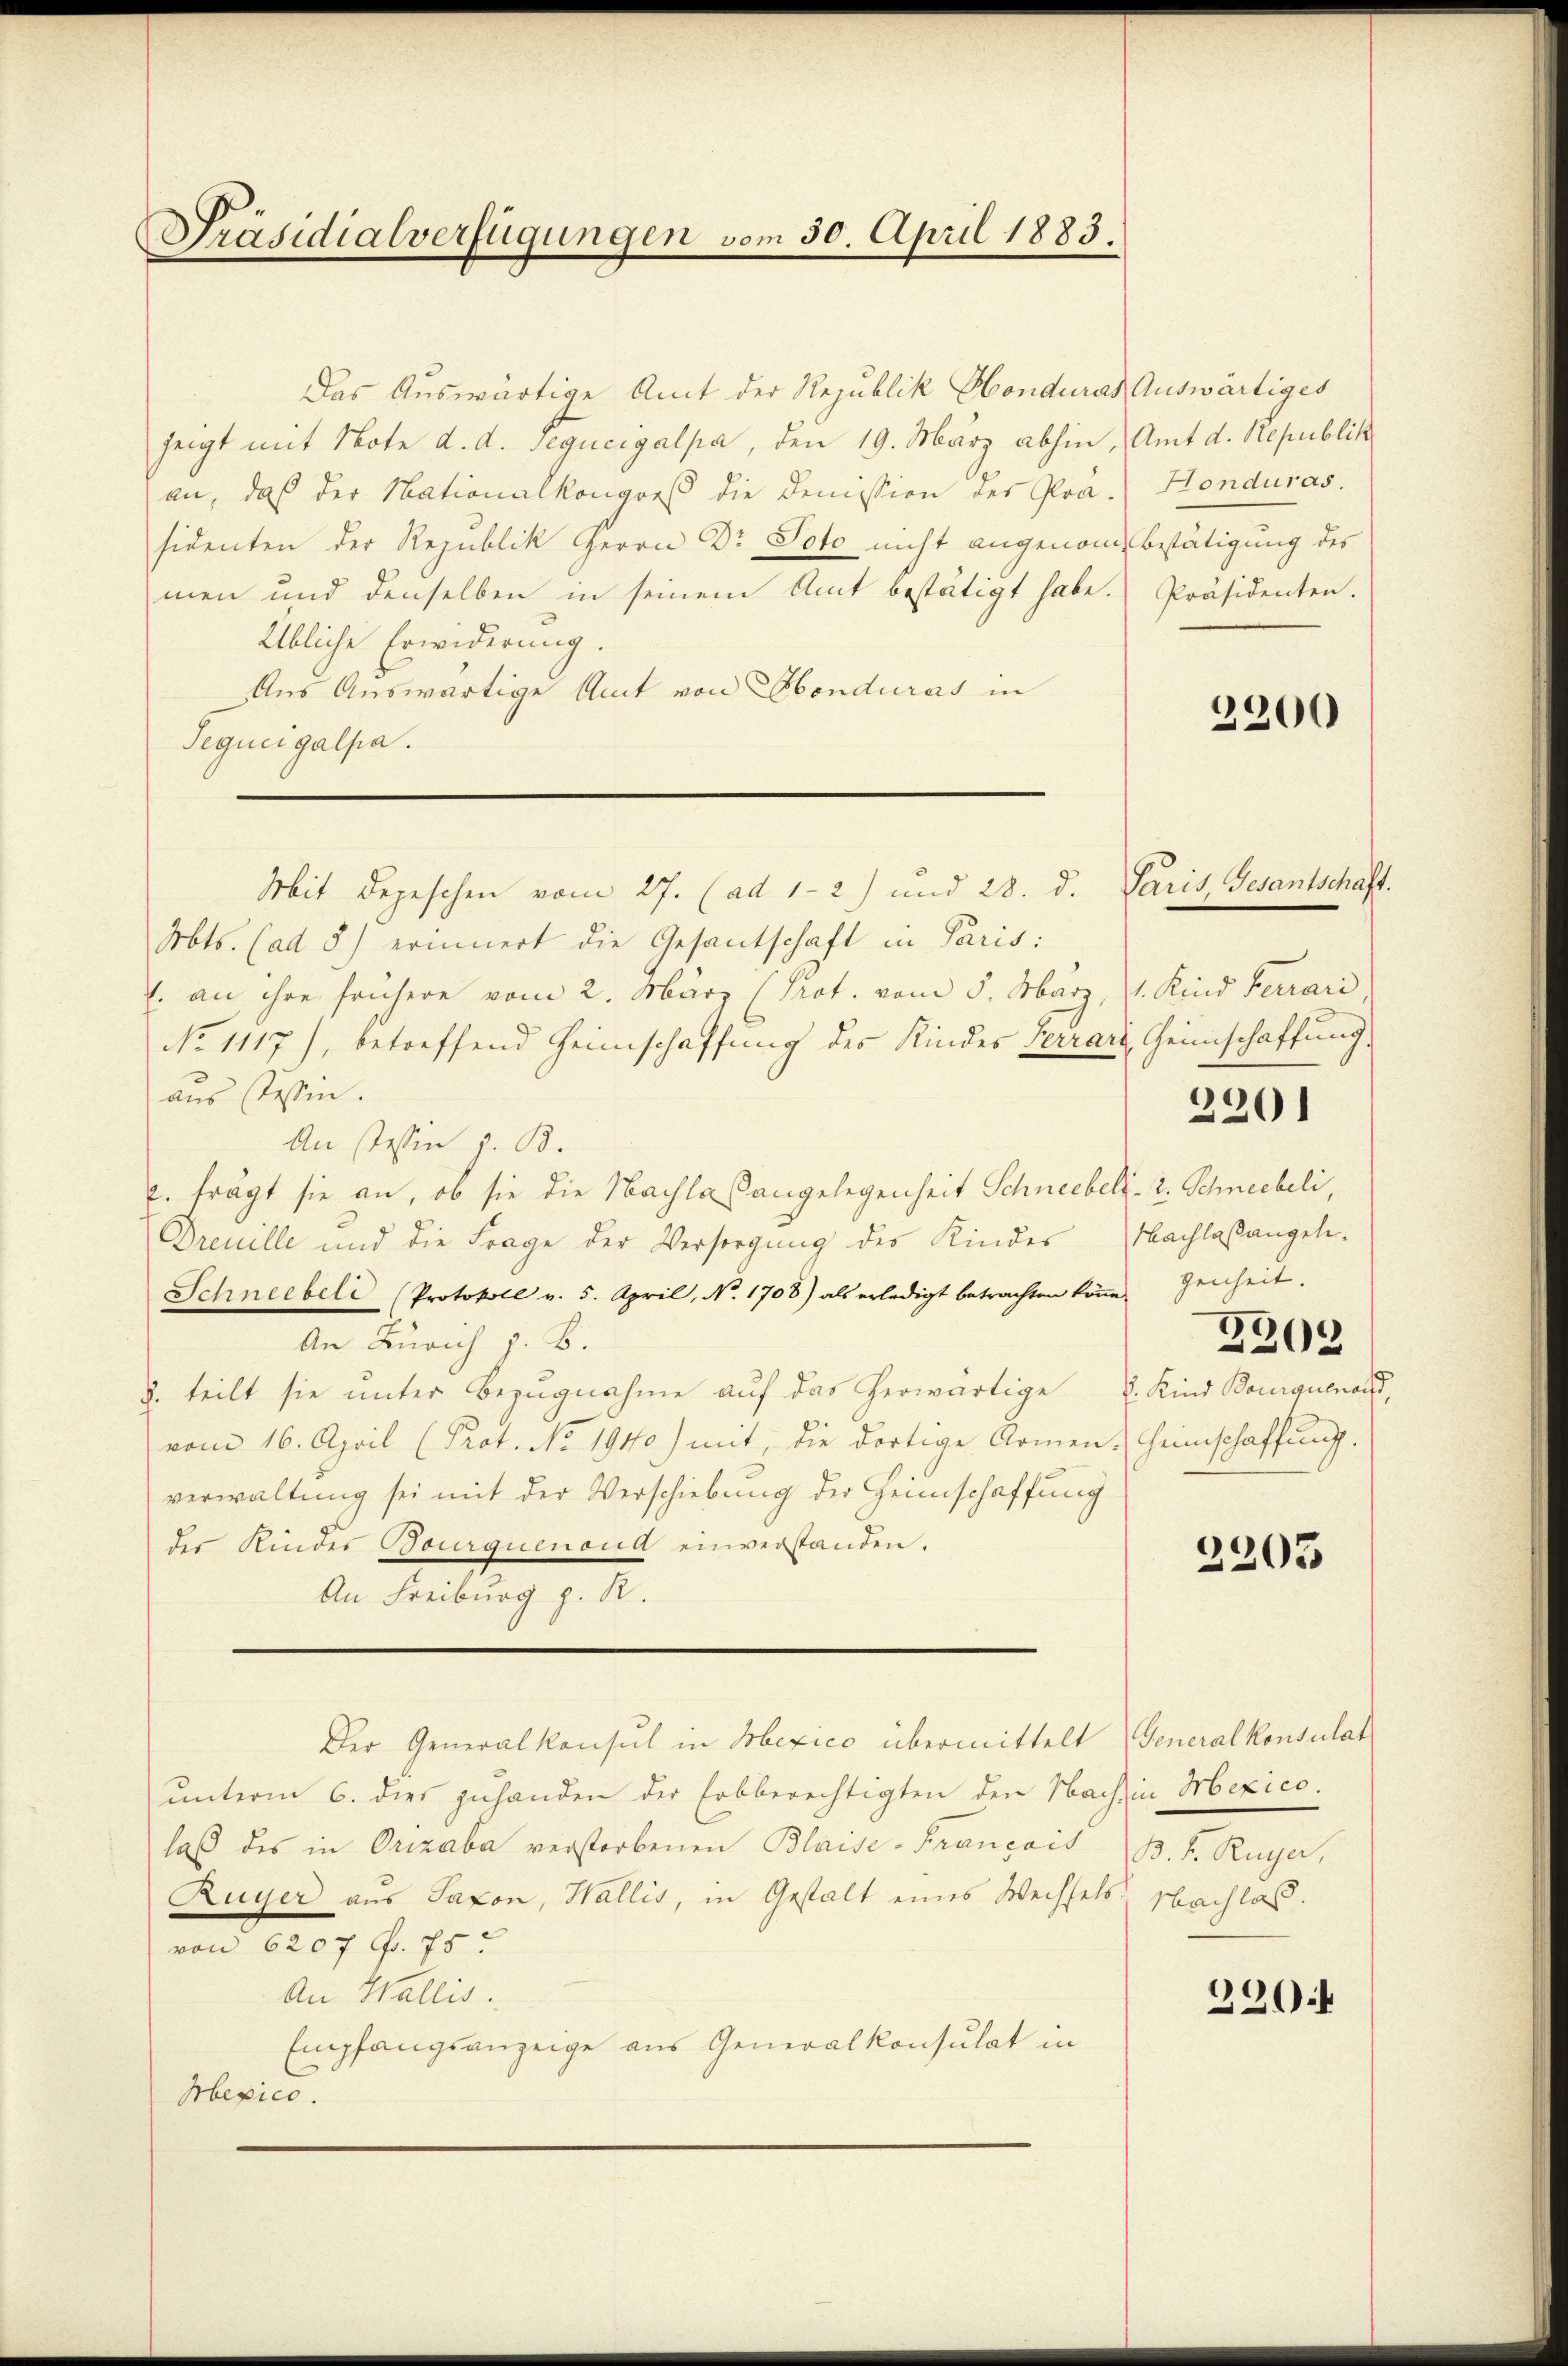
Präsidialverfügungen vom 30. April 1883.

Das Auswärtige Amt der Republik Honduras Auswärtiges
zeigt mit Note d. d. Tegucigalpa, den 19. März abhin, Amt d. Stepublik
an, daß der Nationalkongreß die Demission der Prä- Honduras.
sidenten der Republik Herrn Dr Voto nicht angenombestätigung des
men und denselben in seinem Amt bestätigt habe. Präsidenten.
Übliche Erwiderung.
Aus Auswärtige Amt von Obonduras in
Tegucigalpa.
Mit Depeschen vom 27. (ad 1-2) und 28. d. Paris, Gesantschäft.
Abts. (ad 5) erinnert die Gesantschaft in Paris:
. an ihre frühere vom 2. März (Prot. vom 5. März, 1. Kind Ferrari
No 1117), betreffend Heimschaffung des Kindes Terrars, Heimschaffung,
aus dessen.
An sein z. B.
c. frägt sie an, ob sie die Nachlaßangelegenheit Schneebel - 2. Schneebeli,
Dreuille und die Frage der Versorgung des Kindes Nachlaßangele
Schneebeli (Protokoll v. 5. April, No. 1708) als erledigt betrachten köṅe. Genheit.
An Zürich z. B.
2. teilt sie unter Bezugnahme auf das herwärtige u. Kind Bourqueraus,
vom 16. April (Prot. No. 1940) mit, die dortige Armen. Heimschaffung.
verwaltung sei mit der Verschiebung der Heimschaffung
der Kindes Bourquenoud einverstanden.
An Freiburg z. R.
Der Generalkonsul in Mexico übermittelt Generalkonsulat
unterm 6. dies zuhanden der Erbberechtigten den Nach in Mexico.
laβ des in Orizaba verstorbenen Blaise-Français (B. k. Ruyer,
Ruyer aus Saxon, Wallis, in Gestalt eines Wechsels Nachlass.
von 6207 Fr. 75
An Wallis.
Empfangsanzeige aus Generalkonsulat in
Mexico.

2300

2201

2302

2205

230.